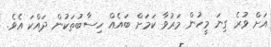
އަށް ވުރެ ގިނަ މީހުން މަރުވާ ކަމަށް ބައެއް ހިސާބުތަކުން ދައްކަ އެވެ.